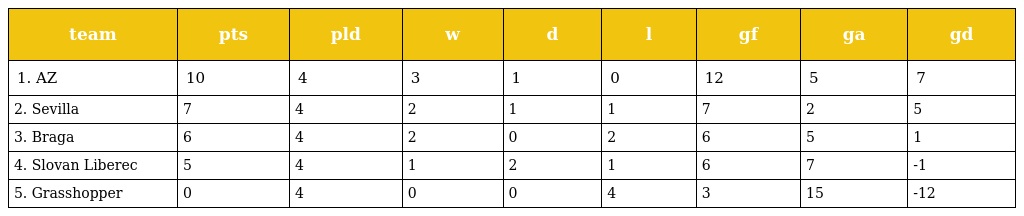
| team | pts | pld | w | d | l | gf | ga | gd |
 | --- | --- | --- | --- | --- | --- | --- | --- | --- |
 | 1. AZ | 10 | 4 | 3 | 1 | 0 | 12 | 5 | 7 |
 | 2. Sevilla | 7 | 4 | 2 | 1 | 1 | 7 | 2 | 5 |
 | 3. Braga | 6 | 4 | 2 | 0 | 2 | 6 | 5 | 1 |
 | 4. Slovan Liberec | 5 | 4 | 1 | 2 | 1 | 6 | 7 | -1 |
 | 5. Grasshopper | 0 | 4 | 0 | 0 | 4 | 3 | 15 | -12 |